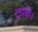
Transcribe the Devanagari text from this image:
टपके।